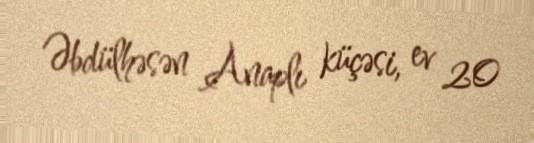
Əbdülhəsən Anaplı küçəsi, ev 20